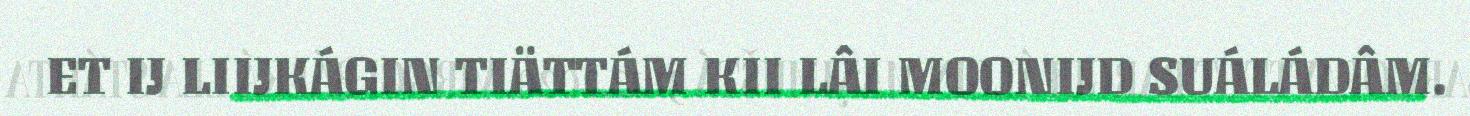
ET IJ LIIJKÁGIN TIÄTTÁM KII LÂI MOONIJD SUÁLÁDÂM.